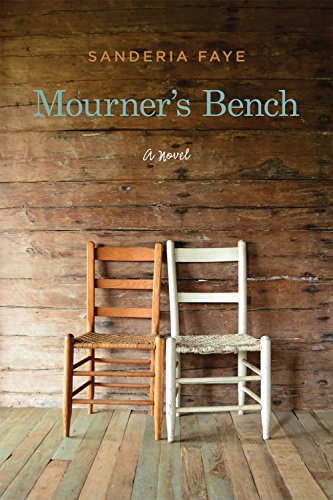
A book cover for Mourner's Bench: A Novel; Sanderia Faye; Literature & Fiction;